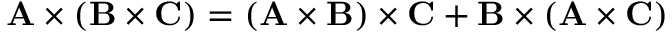
\mathbf { A } \times ( \mathbf { B } \times \mathbf { C } ) = ( \mathbf { A } \times \mathbf { B } ) \times \mathbf { C } + \mathbf { B } \times ( \mathbf { A } \times \mathbf { C } )